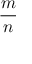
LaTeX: \frac { m } { n }